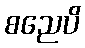
စညေပိ